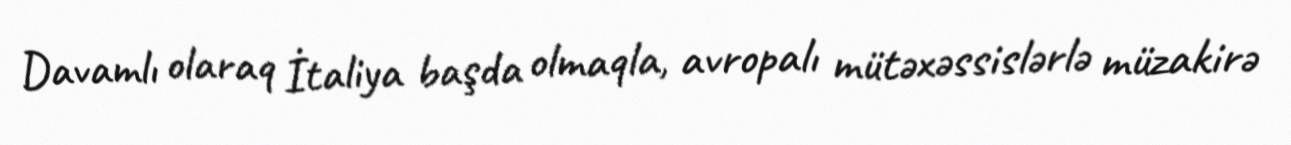
Davamlı olaraq İtaliya başda olmaqla, avropalı mütəxəssislərlə müzakirə